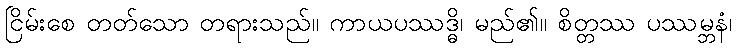
ငြိမ်းစေ တတ်သော တရားသည်။ ကာယပဿဒ္ဓိ၊ မည်၏။ စိတ္တဿ ပဿမ္ဘနံ၊